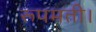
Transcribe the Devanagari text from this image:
रूपमती।